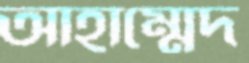
আহাম্মেদ